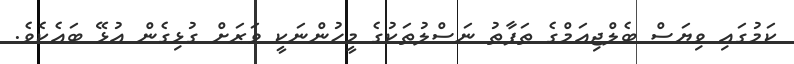
ކަމުގައި ވިޔަސް ބެލްޖިއަމްގެ ތަފާތު ނަސްލުތަކުގެ މީހުންނަކީ ވަރަށް ގުޅިގެން އުޅޭ ބައެކެވެ.